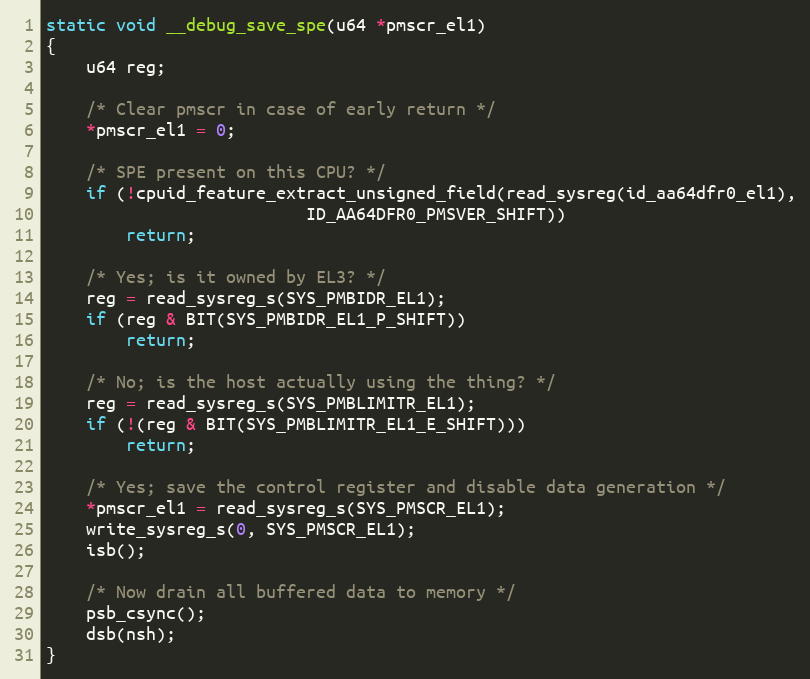
Language: C
static void __debug_save_spe(u64 *pmscr_el1)
{
	u64 reg;

	/* Clear pmscr in case of early return */
	*pmscr_el1 = 0;

	/* SPE present on this CPU? */
	if (!cpuid_feature_extract_unsigned_field(read_sysreg(id_aa64dfr0_el1),
						  ID_AA64DFR0_PMSVER_SHIFT))
		return;

	/* Yes; is it owned by EL3? */
	reg = read_sysreg_s(SYS_PMBIDR_EL1);
	if (reg & BIT(SYS_PMBIDR_EL1_P_SHIFT))
		return;

	/* No; is the host actually using the thing? */
	reg = read_sysreg_s(SYS_PMBLIMITR_EL1);
	if (!(reg & BIT(SYS_PMBLIMITR_EL1_E_SHIFT)))
		return;

	/* Yes; save the control register and disable data generation */
	*pmscr_el1 = read_sysreg_s(SYS_PMSCR_EL1);
	write_sysreg_s(0, SYS_PMSCR_EL1);
	isb();

	/* Now drain all buffered data to memory */
	psb_csync();
	dsb(nsh);
}